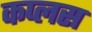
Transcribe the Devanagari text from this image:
कप्लस